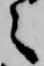
之